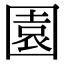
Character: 園